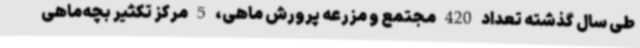
طی سال گذشته تعداد 420 مجتمع و مزرعه پرورش ماهی، 5 مرکز تکثیر بچه‌ماهی